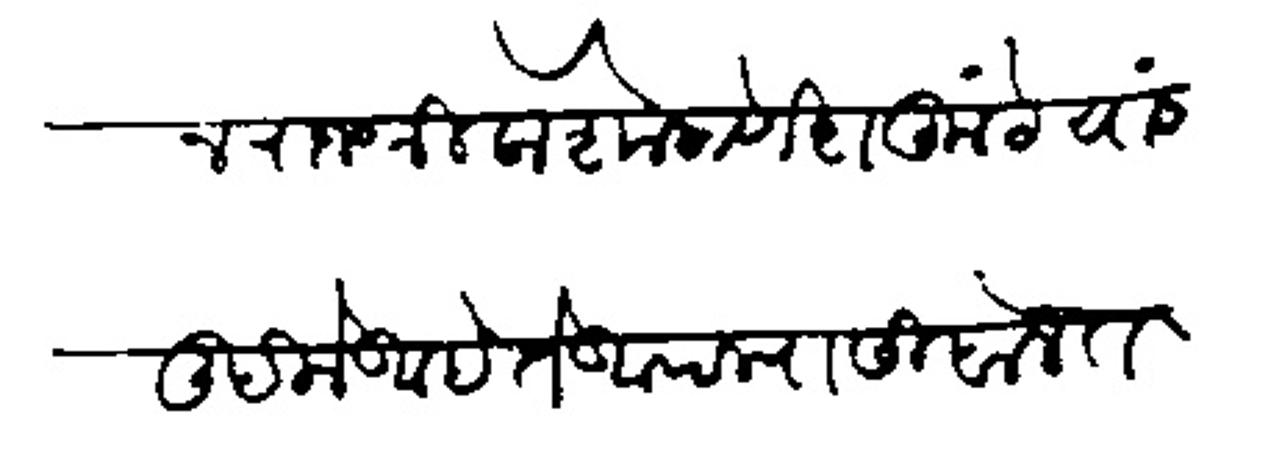
Transliteration (Devanagari): येथून राजश्री केशो गणेश कुंटे यांस लिहिले आहे ते आपल्यासी बोलत